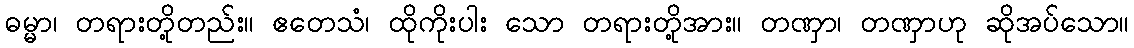
ဓမ္မာ၊ တရားတို့တည်း။ ဧတေသံ၊ ထိုကိုးပါး သော တရားတို့အား။ တဏှာ၊ တဏှာဟု ဆိုအပ်သော။